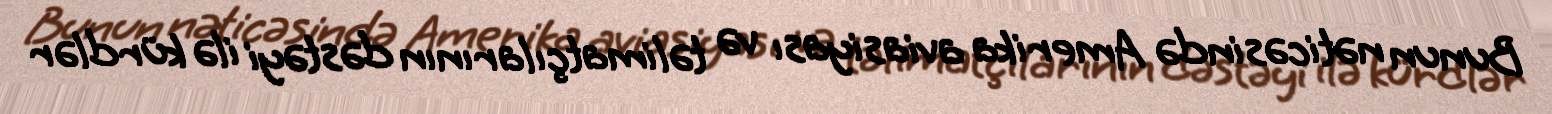
Bunun nəticəsində Amerika aviasiyası və təlimatçılarının dəstəyi ilə kürdlər